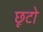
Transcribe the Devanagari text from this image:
छूटो